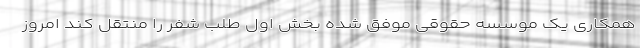
همکاری یک موسسه حقوقی موفق شده بخش اول طلب شفر را منتقل کند امروز